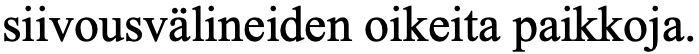
siivousvälineiden oikeita paikkoja.